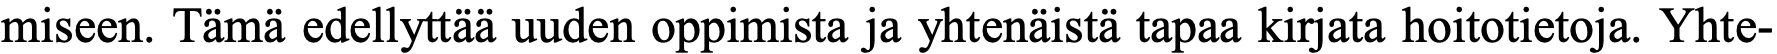
miseen. Tämä edellyttää uuden oppimista ja yhtenäistä tapaa kirjata hoitotietoja. Yhte-